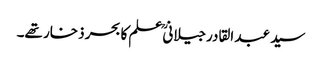
سید عبد القادرجیلانیؒ علم کا بحر ذخار تھے۔